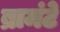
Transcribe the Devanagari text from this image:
ब्रामंटे